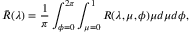
\bar { R } ( \lambda ) = \frac { 1 } { \pi } \int _ { \phi = 0 } ^ { 2 \pi } \int _ { \mu = 0 } ^ { 1 } R ( \lambda , \mu , \phi ) \mu d \mu d \phi ,